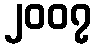
၂၀၀၇